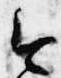
今